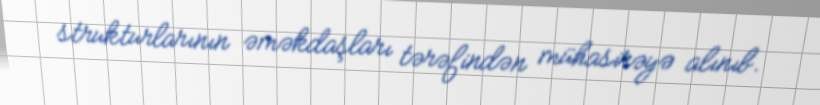
strukturlarının əməkdaşları tərəfindən mühasirəyə alınıb.